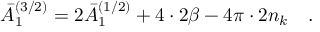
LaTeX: \bar { A } _ { 1 } ^ { ( 3 / 2 ) } = 2 \bar { A } _ { 1 } ^ { ( 1 / 2 ) } + 4 \cdot 2 \beta - 4 \pi \cdot 2 n _ { k } ~ ~ ~ .